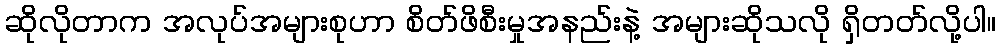
ဆိုလိုတာက အလုပ်အများစုဟာ စိတ်ဖိစီးမှုအနည်းနဲ့ အများဆိုသလို ရှိတတ်လို့ပါ။